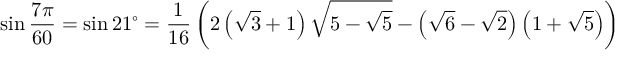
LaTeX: \sin { \frac { 7 \pi } { 6 0 } } = \sin 2 1 ^ { \circ } = { \frac { 1 } { 1 6 } } \left( 2 \left( { \sqrt { 3 } } + 1 \right) { \sqrt { 5 - { \sqrt { 5 } } } } - \left( { \sqrt { 6 } } - { \sqrt { 2 } } \right) \left( 1 + { \sqrt { 5 } } \right) \right)